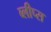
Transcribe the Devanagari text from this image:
ब्लीप्स